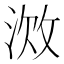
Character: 𫾷